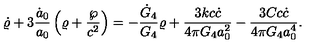
\dot { \varrho } + 3 { \frac { \dot { a } _ { 0 } } { a _ { 0 } } } \left( \varrho + { \frac { \wp } { c ^ { 2 } } } \right) = - { \frac { \dot { G } _ { 4 } } { G _ { 4 } } } \varrho + { \frac { 3 k c \dot { c } } { 4 \pi G _ { 4 } a _ { 0 } ^ { 2 } } } - { \frac { 3 C c \dot { c } } { 4 \pi G _ { 4 } a _ { 0 } ^ { 4 } } } .